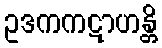
ဥဒကကဋာဟန္တိ